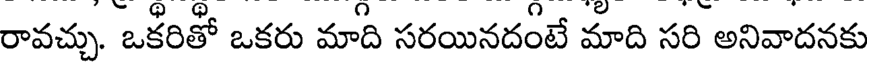
రావచ్చు. ఒకరితో ఒకరు మాది సరయినదంటే మాది సరి అనివాదనకు